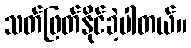
သတ်ဖြတ်နိုင်ခဲ့ပါတယ်။